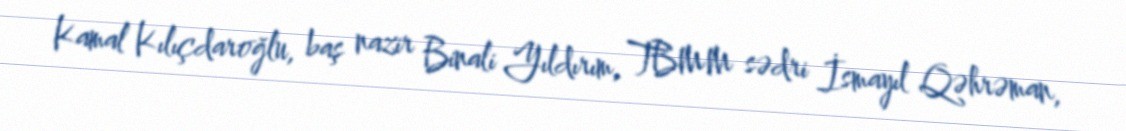
Kamal Kılıçdaroğlu, baş nazir Binali Yıldırım, TBMM sədri İsmayıl Qəhrəman,